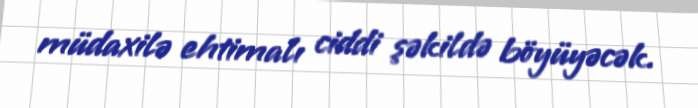
müdaxilə ehtimalı ciddi şəkildə böyüyəcək.